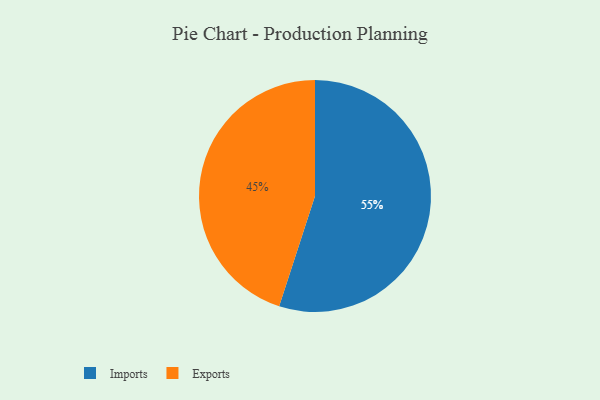
{"axis": {"x": "Category", "y": "Percentage"}, "legend": ["Exports", "Imports"], "data": [{"x": "Exports", "y": 45, "type": "Exports"}, {"x": "Imports", "y": 55, "type": "Imports"}]}